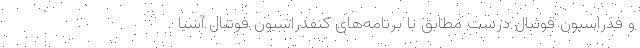
و فدراسیون فوتبال درست مطابق با برنامه‌های کنفدراسیون فوتبال آسیا